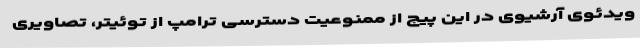
ویدئوی آرشیوی در این پیج از ممنوعیت دسترسی ترامپ از توئیتر، تصاویری